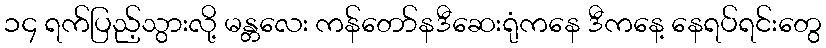
၁၄ ရက်ပြည့်သွားလို့ မန္တလေး ကန်တော်နဒီဆေးရုံကနေ ဒီကနေ့ နေရပ်ရင်းတွေ